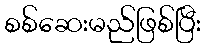
စစ်ဆေးမည်ဖြစ်ပြီး